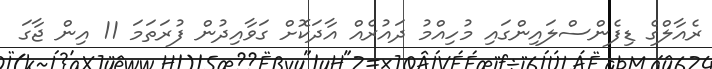
ރެއާލްގެ ޑިފެންސްލައިންގައި މުހިއްމު ދައުރެއް އާދަކޮށް ގަވާއިދުން ފުރަތަމަ 11 އިން ޖާގަ